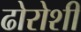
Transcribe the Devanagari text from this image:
ढोरोशी